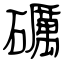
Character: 礪